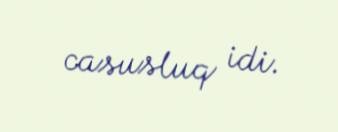
casusluq idi.